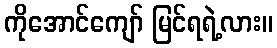
ကိုအောင်ကျော် မြင်ရရဲ့လား။